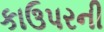
કાઉપરની